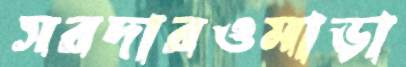
সরদারওমাড়া